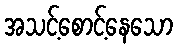
အသင့်စောင့်နေသော